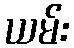
ယမ်း